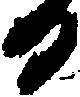
日